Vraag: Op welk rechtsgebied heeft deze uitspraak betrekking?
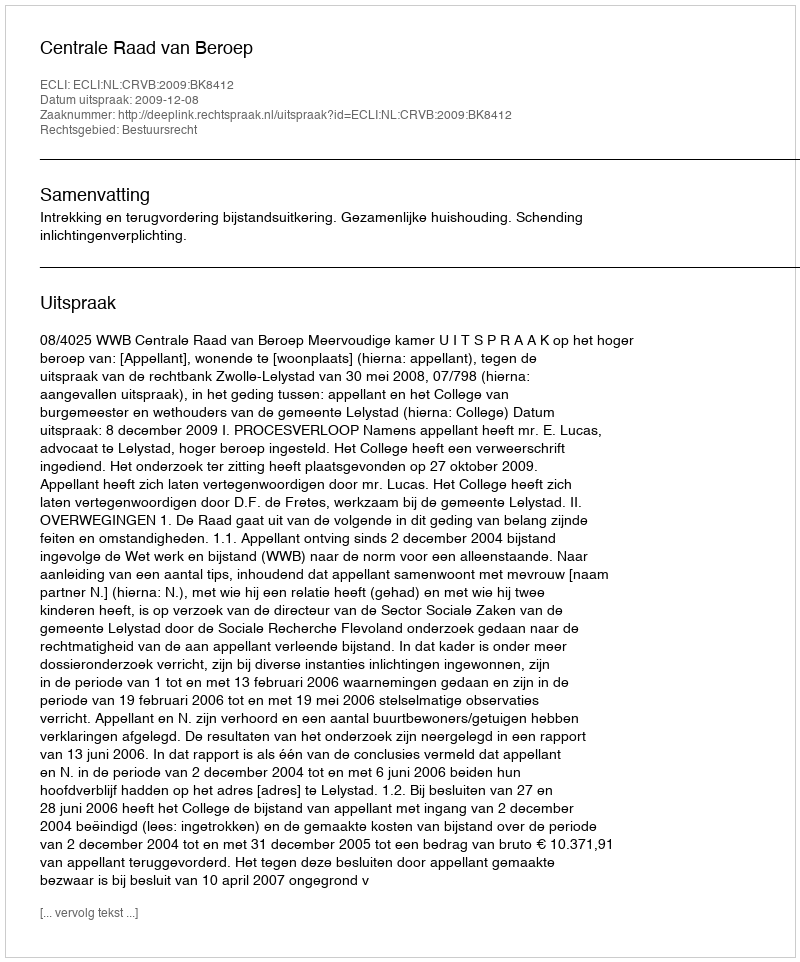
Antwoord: Bestuursrecht